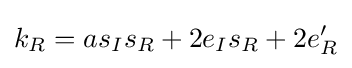
k_{R}=as_{I}s_{R}+2e_{I}s_{R}+2e'_{R}